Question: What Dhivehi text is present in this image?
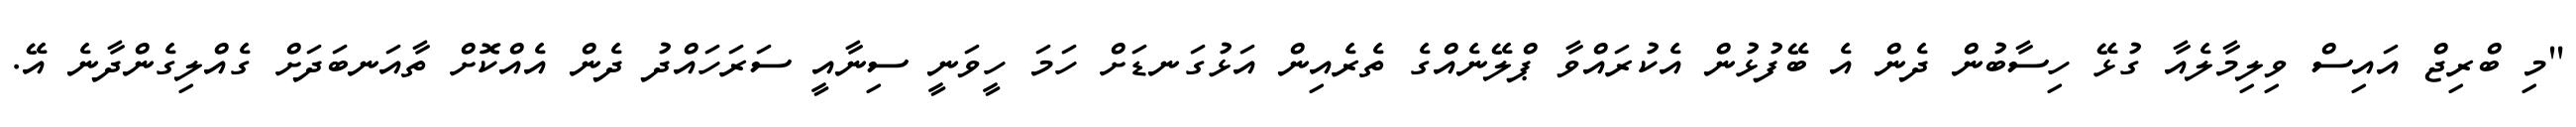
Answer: "މި ބްރިޖް އައިސް ވިލިމާލެއާ ގުޅޭ ހިސާބުން ދެން އެ ބޭފުޅުން އެކުރައްވާ ޕްލޭނެއްގެ ތެރެއިން އަޅުގަނޑަށް ހަމަ ހީވަނީ ސިނާއީ ސަރަހައްދު ދެން އެއްކޮށް ތާއަނބަދަށް ގެއްލިގެންދާނެ އޭ.